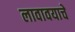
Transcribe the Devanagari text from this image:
लावावयाचे